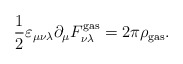
\begin{align*}\frac12\varepsilon_{\mu\nu\lambda}\partial_\mu F_{\nu\lambda}^{\rm gas}=2\pi\rho_{\rm gas}.\end{align*}